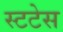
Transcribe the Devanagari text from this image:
स्टटेस